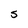
Character: S